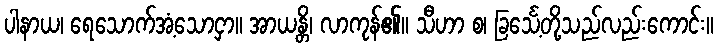
ပါနာယ၊ ရေသောက်အံ့သောငှာ။ အာယန္တိ၊ လာကုန်၏။ သီဟာ စ၊ ခြင်္သေ့တို့သည်လည်းကောင်း။